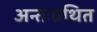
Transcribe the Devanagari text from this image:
अन्तःग्रथित